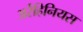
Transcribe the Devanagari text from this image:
अर्रहिनियस